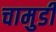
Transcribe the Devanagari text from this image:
चामुडी